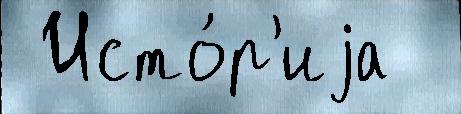
 Исто́р'иjа